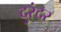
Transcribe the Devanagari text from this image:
दुरंदर